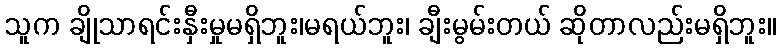
သူက ချိုသာရင်းနှီးမှုမရှိဘူး၊မရယ်ဘူး၊ ချီးမွမ်းတယ် ဆိုတာလည်းမရှိဘူး။